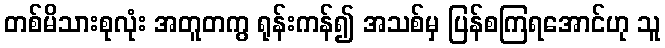
တစ်မိသားစုလုံး အတူတကွ ရုန်းကန်၍ အသစ်မှ ပြန်စကြရအောင်ဟု သူ